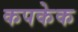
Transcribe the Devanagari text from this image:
कपकेक